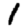
Digit: 1